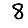
Digit: 8